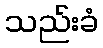
သည်းခံ